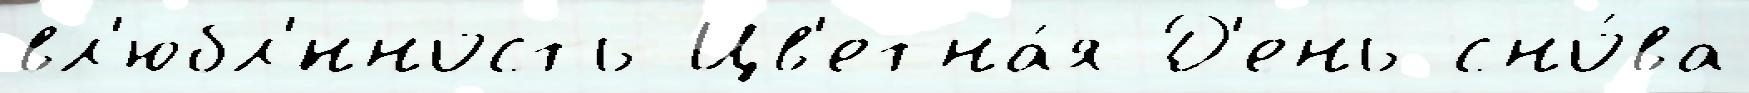
вл'юбл'́нность Цв'етна́я Д'ень сно́ва